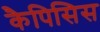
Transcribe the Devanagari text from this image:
कैपिसिस